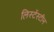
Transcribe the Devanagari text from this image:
लिस्टेंस्टीन